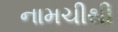
નામચીથી